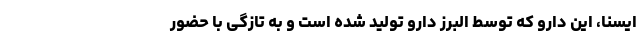
ایسنا، این دارو که توسط البرز دارو تولید شده است و به تازگی با حضور